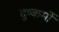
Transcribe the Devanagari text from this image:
दुष्कर्मो